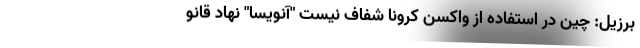
برزیل: چین در استفاده از واکسن کرونا شفاف نیست "آنویسا" نهاد قانو